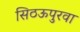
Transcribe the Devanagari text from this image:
सिठऊपुरवा